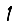
Digit: 1